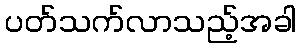
ပတ်သက်လာသည့်အခါ